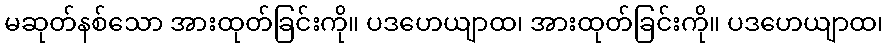
မဆုတ်နစ်သော အားထုတ်ခြင်းကို။ ပဒဟေယျာထ၊ အားထုတ်ခြင်းကို။ ပဒဟေယျာထ၊